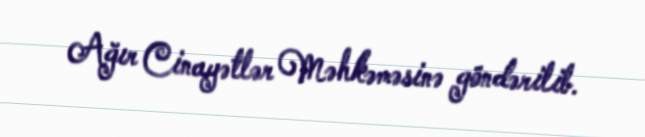
Ağır Cinayətlər Məhkəməsinə göndərilib.